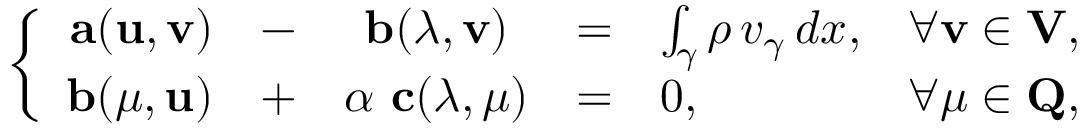
\left\{ \begin{array} { r c c c l l } { { \bf a } ( { \bf u } , { \bf v } ) } & { - } & { { \bf b } ( \boldsymbol \lambda , { \bf v } ) } & { = } & { \int _ { \gamma } \rho \, v _ { \gamma } \, d x , } & { \forall { \bf v } \in { \bf V } , } \\ { { \bf b } ( \boldsymbol \mu , { \bf u } ) } & { + } & { \alpha \ { \bf c } ( \boldsymbol \lambda , \boldsymbol \mu ) } & { = } & { 0 , } & { \forall \boldsymbol \mu \in { \bf Q } , } \end{array} \right.